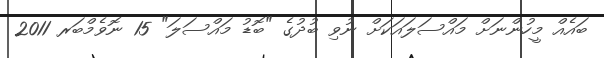
ބައެއް މީހުންނަށް މައްސަލައަކަށް ނުވި ބުދުގެ "ބޮޑު މައްސަލަ" 15 ނޮވެމްބަރ 2011